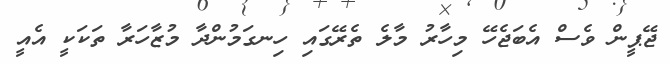
ޖޭޕީން ވެސް އެބަޖެހޭ މިހާރު މާލެ ތެރޭގައި ހިނގަމުންދާ މުޒާހަރާ ތަކަކީ އެއީ